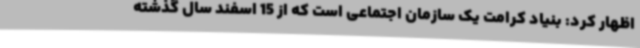
اظهار کرد: بنیاد کرامت یک سازمان اجتماعی است که از 15 اسفند سال گذشته